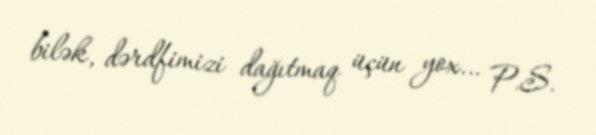
bilək, dərdfimizi dağıtmaq üçün yox… P.S.